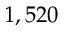
1 , 5 2 0